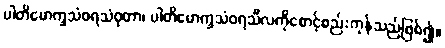
ပါတိမောက္ခသံဝရသံဝုတာ၊ ပါတိမောက္ခသံဝရသီလကိုစောင့်စည်းကုန်သည်ဖြစ်၍။